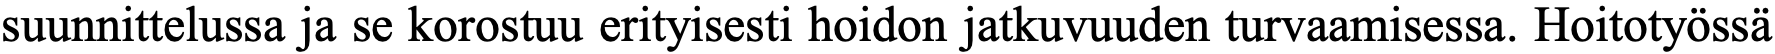
suunnittelussa ja se korostuu erityisesti hoidon jatkuvuuden turvaamisessa. Hoitotyössä